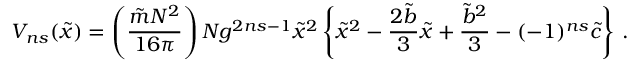
V _ { n s } ( { \tilde { x } } ) = \left( \frac { { \tilde { m } } N ^ { 2 } } { 1 6 \pi } \right) N g ^ { 2 n s - 1 } { \tilde { x } } ^ { 2 } \left\{ { \tilde { x } } ^ { 2 } - \frac { 2 { \tilde { b } } } { 3 } { \tilde { x } } + \frac { { \tilde { b } } ^ { 2 } } { 3 } - ( - 1 ) ^ { n s } { \tilde { c } } \right\} \, .